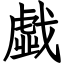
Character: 戱